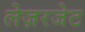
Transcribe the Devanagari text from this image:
लेज़रजेट